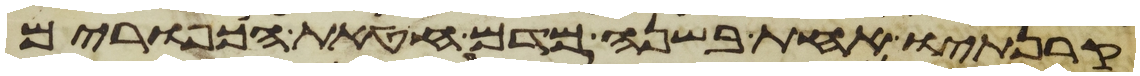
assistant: קרנתיו אחת בשנה מדם חטאת הכפורים